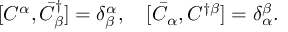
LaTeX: [ C ^ { \alpha } , \bar { C } _ { \beta } ^ { \dagger } ] = \delta _ { \beta } ^ { \alpha } , \quad [ \bar { C } _ { \alpha } , C ^ { \dagger \beta } ] = \delta _ { \alpha } ^ { \beta } .